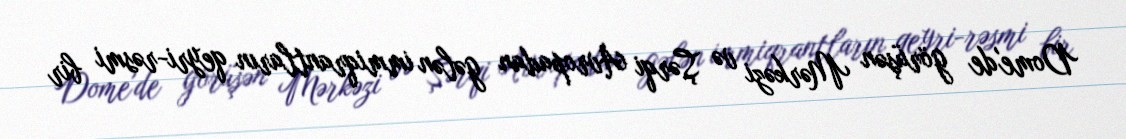
Dome'de görüşən Mərkəzi və Şərqi Avropadan gələn immiqrantların qeyri-rəsmi bir